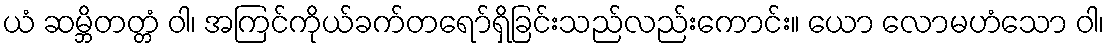
ယံ ဆမ္ဘိတတ္တံ ဝါ၊ အကြင်ကိုယ်ခက်တရော်ရှိခြင်းသည်လည်းကောင်း။ ယော လောမဟံသော ဝါ၊